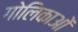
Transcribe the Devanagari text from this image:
गोलिकाओं